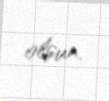
olsun.